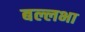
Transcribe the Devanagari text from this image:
बल्लभा